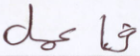
فاعمل